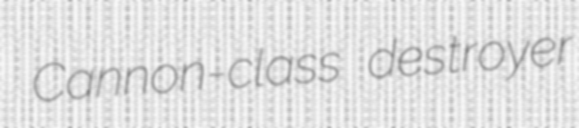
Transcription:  Cannon-class destroyer